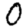
Digit: 0